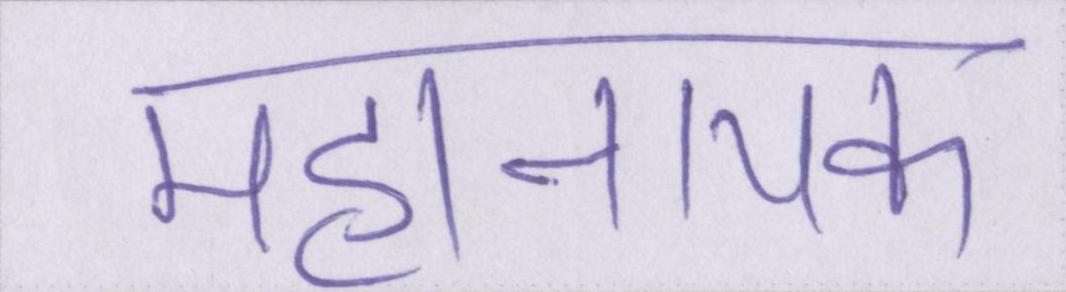
महानायक